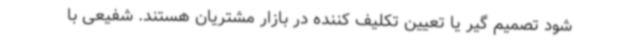
شود تصمیم گیر یا تعیین تکلیف کننده در بازار مشتریان هستند. شفیعی با